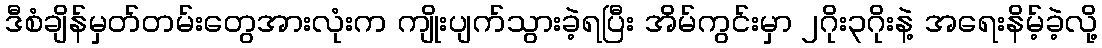
ဒီစံချိန်မှတ်တမ်းတွေအားလုံးက ကျိုးပျက်သွားခဲ့ရပြီး အိမ်ကွင်းမှာ ၂ဂိုး၃ဂိုးနဲ့ အရေးနိမ့်ခဲ့လို့